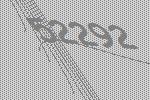
52292